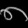
Digit: ၈